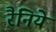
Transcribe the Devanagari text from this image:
रैनिये